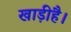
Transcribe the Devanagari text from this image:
खाड़ीहै।